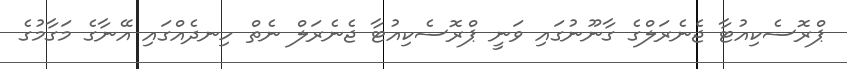
ޕްރޮސެކިއުޓާ ޖެނެރަލްގެ ގާނޫނުގައި ވަނީ ޕްރޮސެކިއުޓާ ޖެނެރަލް ނެތް ހިނދެއްގައި އޭނާގެ މަގާމުގެ